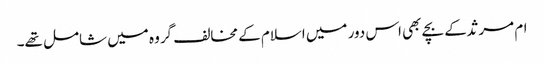
ام مرثد کے بچے بھی اس دور میں اسلام کے مخالف گروہ میں شامل تھے۔